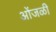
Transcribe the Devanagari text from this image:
ओंजळी